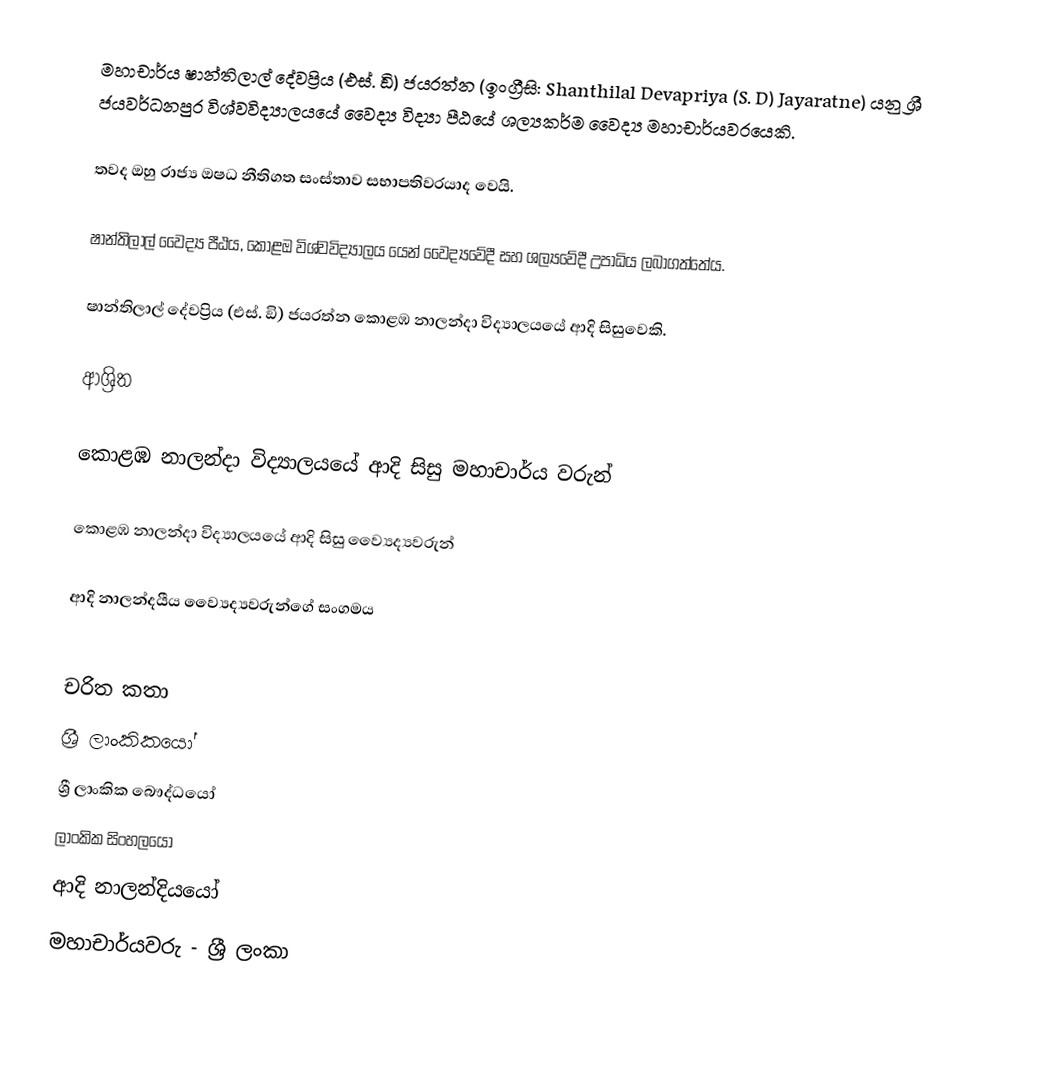
මහාචාර්ය ෂාන්තිලාල් දේවප්‍රිය (එස්. ඞි) ජයරත්න  (ඉංග්‍රීසි: Shanthilal Devapriya (S. D) Jayaratne) යනු  ශ්‍රී ජයවර්ධනපුර විශ්වවිද්‍යාලයයේ වෛද්‍ය විද්‍යා පීඨයේ  ශල්‍යකර්ම වෛද්‍ය මහාචාර්යවරයෙකි.

තවද ඔහු රාජ්‍ය ඔෂධ නීතිගත සංස්තාව සභාපතිවරයාද වෙයි.

ෂාන්තිලාල්  වෛද්‍ය පීඨය, කොළඔ විශ්වවිද්‍යාලය යෙන් වෛද්‍යවේදී සහ ශල්‍යවේදී උපාධිය ලබාගත්තේය.

ෂාන්තිලාල් දේවප්‍රිය (එස්. ඞි) ජයරත්න  කොළඹ නාලන්දා විද්‍යාලයයේ ආදි සිසුවෙකි.

ආශ්‍රිත

 කොළඹ නාලන්දා විද්‍යාලයයේ ආදි සිසු මහාචාර්ය වරුන්

 කොළඹ නාලන්දා විද්‍යාලයයේ ආදි සිසු ව්‍යෛද්‍යවරුන්

 ආදි නාලන්දයීය ව්‍යෛද්‍යවරුන්ගේ සංගමය

චරිත කතා
ශ්‍රී ලාංකිකයෝ
ශ්‍රී ලාංකික බෞද්ධයෝ
ලාංකික සිංහලයෝ
ආදි නාලන්දියයෝ
මහාචාර්යවරු - ශ්‍රී ලංකා